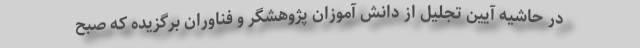
در حاشیه آیین تجلیل از دانش آموزان پژوهشگر و فناوران برگزیده که صبح